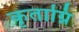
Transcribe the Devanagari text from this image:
कृताग्नि